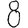
Digit: 8